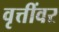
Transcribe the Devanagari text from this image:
वृत्तींवर